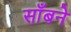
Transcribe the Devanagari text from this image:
साँबने